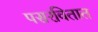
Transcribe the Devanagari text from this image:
पसरवितात